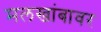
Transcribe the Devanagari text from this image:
मलखांबावर